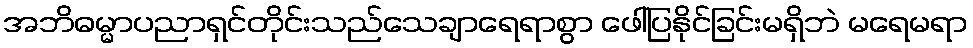
အဘိဓမ္မာပညာရှင်တိုင်းသည်သေချာရေရာစွာ ဖေါ်ပြနိုင်ခြင်းမရှိဘဲ မရေမရာ